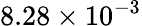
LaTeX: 8.28\times 10^{-3}